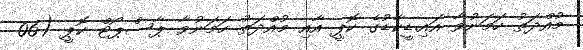
މުއްދަތު ހަމަނުވާ އައި.ޑީކާޑުގެ ކޮޕީ އާއި މުއްދަތު ހަމަނުވާ ޕާސްޕޯޓް ކޮޕީ (06